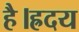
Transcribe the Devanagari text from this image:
है।ह्रदय